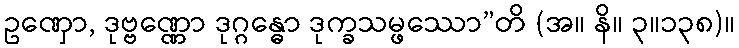
ဥဏှော, ဒုဗ္ဗဏ္ဏော ဒုဂ္ဂန္ဓော ဒုက္ခသမ္ဖဿော”တိ (အ။ နိ။ ၃။၁၃၈)။